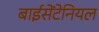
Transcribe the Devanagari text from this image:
बाईसेंटेनियल